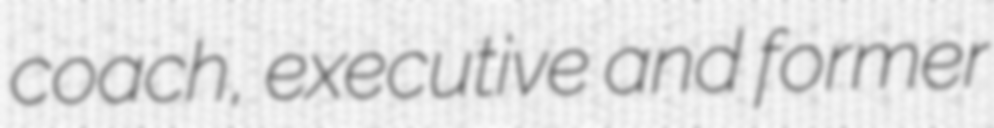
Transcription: coach, executive and former